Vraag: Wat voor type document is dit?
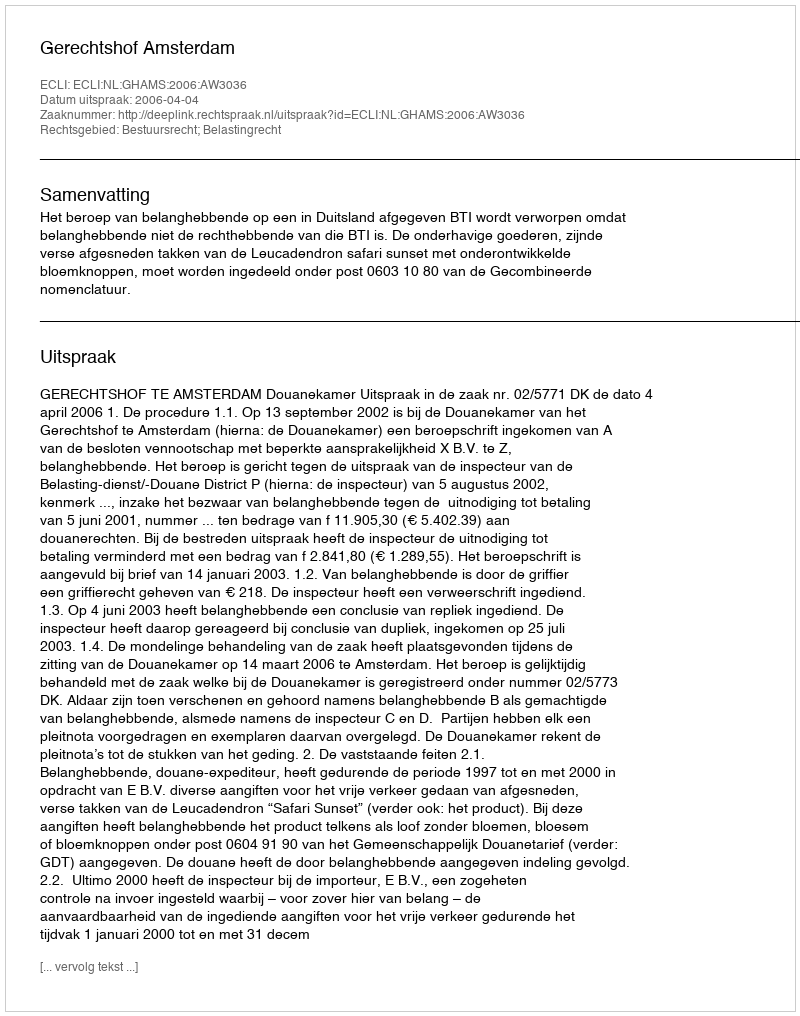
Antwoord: Uitspraak